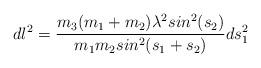
LaTeX: \begin{align*}dl^{2}= \frac{m_{3}(m_{1}+m_{2})\lambda^{2} sin^{2}(s_{2})}{m_{1}m_{2}sin^{2}(s_{1}+s_{2})}ds_{1}^{2}\end{align*}